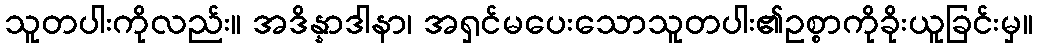
သူတပါးကိုလည်း။ အဒိန္နာဒါနာ၊ အရှင်မပေးသောသူတပါး၏ဥစ္စာကိုခိုးယူခြင်းမှ။